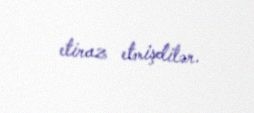
etiraz etmişdilər.